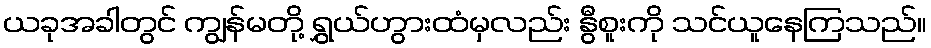
ယခုအခါတွင် ကျွန်မတို့ ရွှယ်ဟွားထံမှလည်း နွီစူးကို သင်ယူနေကြသည်။